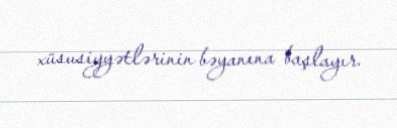
xüsusiyyətlərinin bəyanına başlayır.